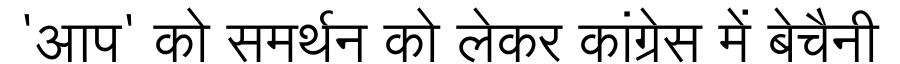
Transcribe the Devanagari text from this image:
'आप' को समर्थन को लेकर कांग्रेस में बेचैनी